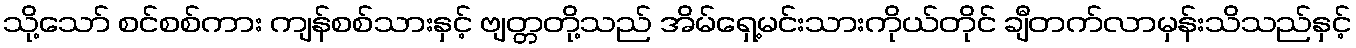
သို့သော် စင်စစ်ကား ကျန်စစ်သားနှင့် ဗျတ္တတို့သည် အိမ်ရှေ့မင်းသားကိုယ်တိုင် ချီတက်လာမှန်းသိသည်နှင့်